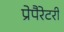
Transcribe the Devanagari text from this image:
प्रेपैरेटरी